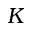
K